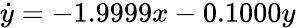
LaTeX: \dot{y}=-1.9999x-0.1000y